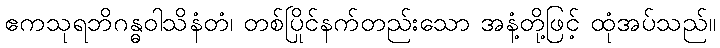
ဧကသုရဘိဂန္ဓဝါသိနံတံ၊ တစ်ပြိုင်နက်တည်းသော အနံ့တို့ဖြင့် ထုံအပ်သည်။